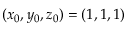
( x _ { 0 } , y _ { 0 } , z _ { 0 } ) = ( 1 , 1 , 1 )